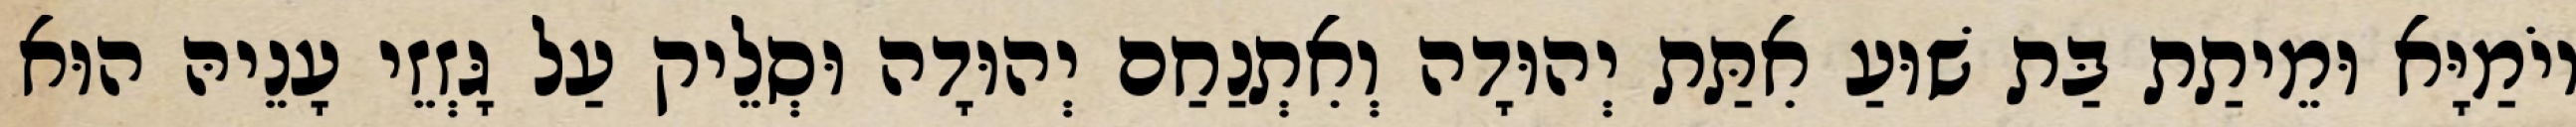
יוֹמַיָּא וּמֵיתַת בַּת שׁוּעַ אִתַּת יְהוּדָה וְאִתְנַחַם יְהוּדָה וּסְלֵיק עַל גָּזְזֵי עָנֵיהּ הוּא